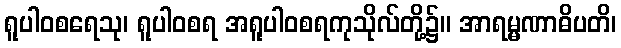
ရူပါဝစရေသု၊ ရူပါဝစရ အရူပါဝစရကုသိုလ်တို့၌။ အာရမ္မဏာဓိပတိ၊